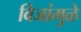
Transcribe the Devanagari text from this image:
विजांमुळे